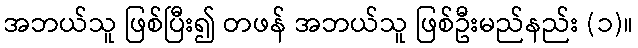
အဘယ်သူ ဖြစ်ပြီး၍ တဖန် အဘယ်သူ ဖြစ်ဦးမည်နည်း (၁)။